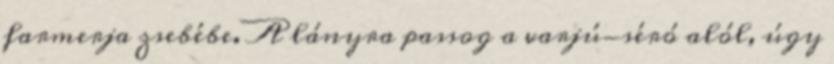
farmerja zsebébe. A lányra passog a varjú-séró alól, úgy